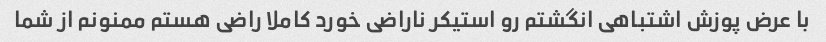
با عرض پوزش اشتباهی انگشتم رو استیکر ناراضی خورد کاملا راضی هستم ممنونم از شما